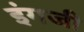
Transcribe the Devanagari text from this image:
इंगजी